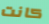
كانت